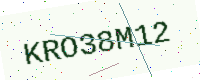
Text: KRO38M12